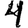
Digit: 4